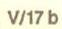
V/17b